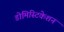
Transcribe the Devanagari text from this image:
डोमिस्टिकेशन